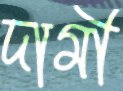
দামী